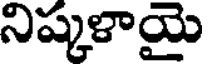
నిష్కళాయై